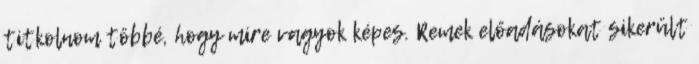
titkolnom többé, hogy mire vagyok képes. Remek előadásokat sikerült